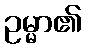
ဥမ္မာ၏